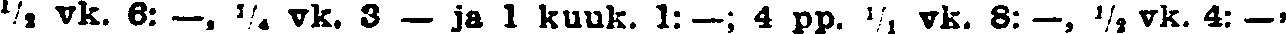
½ vk. 6: —, ¼ vk. 3 — ja 1 kuuk. 1: —; 4 pp. ¹⁄₁ vk. 8:—, ½ vk. 4: —,